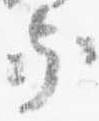
家